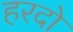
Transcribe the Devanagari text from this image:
हरदो